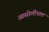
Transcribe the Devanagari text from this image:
आसोलीपाल